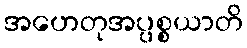
အဟေတုအပ္ပစ္စယာတိ